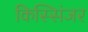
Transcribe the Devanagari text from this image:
किस्सिंजर